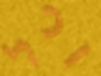
וכל